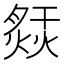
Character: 𤍙